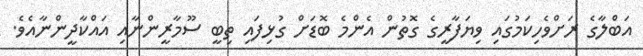
އަބްލާގެ ރަށްވެހިކަމުގައި ވިޔަފާރީގެ ގޮތުން އެންމެ ބޮޑަށް ގުޅިފައި ތިބީ ސޫމާރީންނާއި އައްކާދީންނާއެވެ.